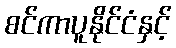
စင်ကာပူနိုင်ငံနှင့်